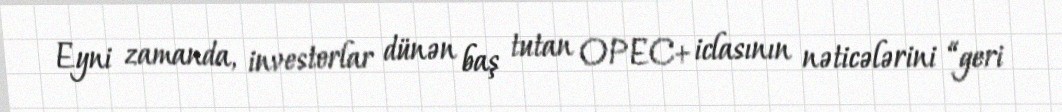
Eyni zamanda, investorlar dünən baş tutan OPEC+ iclasının nəticələrini “geri